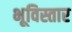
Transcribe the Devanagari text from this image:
भूविस्तार